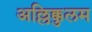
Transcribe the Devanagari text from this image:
अल्लिक्कुलम